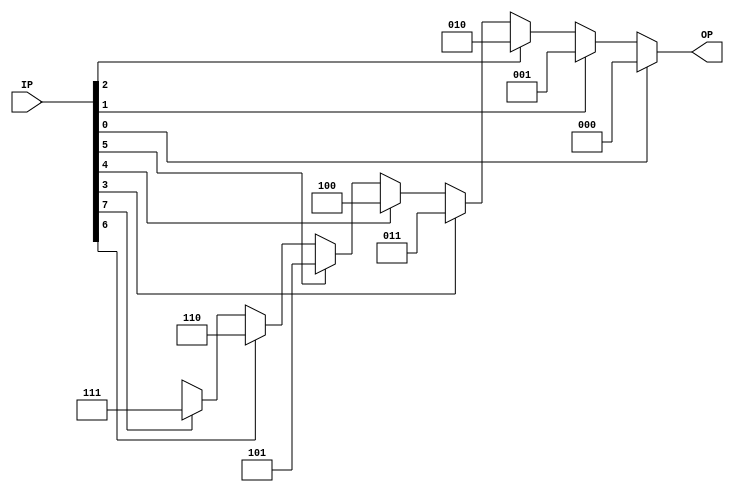
module priority_encoder_8_to_3(IP, OP);

input [7:0] IP;   //input
output [2:0] OP;   //output
// setting the conditions for encoding the input:
assign OP = IP[0] ? 3'b000 : IP[1] ? 3'b001 : IP[2] ? 3'b010 :
            IP[3] ? 3'b011 : IP[4] ? 3'b100 : IP[5] ? 3'b101 :
            IP[6] ? 3'b110 : IP[7] ? 3'b111 : 3'bxxx ;

endmodule